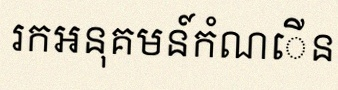
រកអនុគមន៍កំណើន